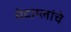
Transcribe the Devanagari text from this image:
मेदाम्लांचे